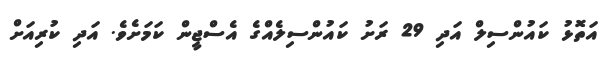
އަތޮޅު ކައުންސިލް އަދި 29 ރަށު ކައުންސިލެއްގެ އެސްޖީން ކަމަށެވެ. އަދި ކުރިއަށް